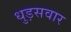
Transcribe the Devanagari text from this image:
धुड़सवार